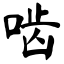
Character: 啮